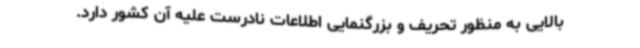
بالایی به منظور تحریف و بزرگنمایی اطلاعات نادرست علیه آن کشور دارد.